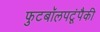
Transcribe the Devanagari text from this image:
फुटबॉलपटूंपैकी